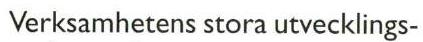
Verksamhetens stora utvecklings-